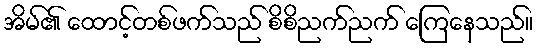
အိမ်၏ ထောင့်တစ်ဖက်သည် စိစိညက်ညက် ကြေနေသည်။